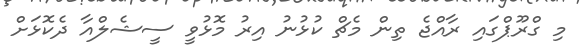
މި ގްރޫޕްގައި ރާއްޖެ ތިން މެޗް ކުޅުނު އިރު މޮޅުވީ ސީޝެލްއާ ދެކޮޅަށް